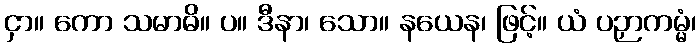
ငှာ။ ကော သမာဓိ။ ပ။ ဒီနာ၊ သော။ နယေန၊ ဖြင့်။ ယံ ပဉှာကမ္မံ၊